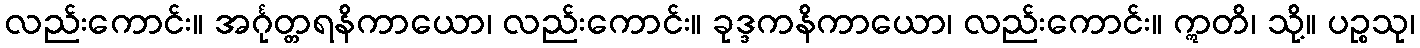
လည်းကောင်း။ အင်္ဂုတ္တရနိကာယော၊ လည်းကောင်း။ ခုဒ္ဒကနိကာယော၊ လည်းကောင်း။ ဣတိ၊ သို့။ ပဉ္စသု၊